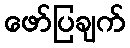
ဖော်ပြချက်